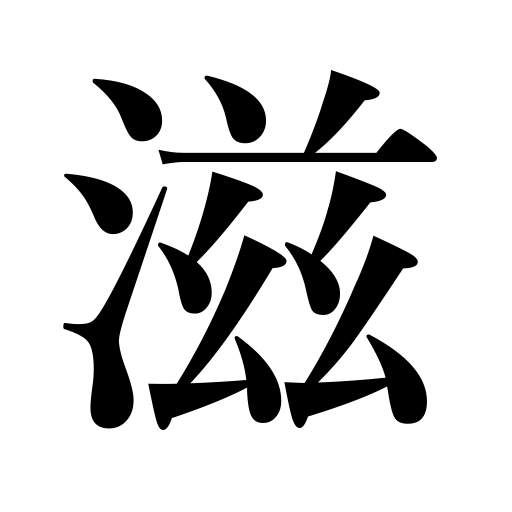
Meanings: be luxuriant,planting,turbidity,more and more